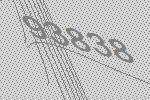
93838